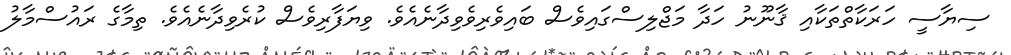
ސިޔާސީ ހަރަކާތްތަކާއި ޤާނޫނު ހަދާ މަޖްލިސްގައިވެސް ބައިވެރިވެވިދާނެއެވެ. ވިޔަފާރިވެސް ކުރެވިދާނެއެވެ. ތިމާގެ ރައުސްމާލު